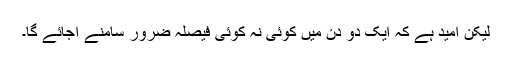
لیکن اُمید ہے کہ ایک دو دن میں کوئی نہ کوئی فیصلہ ضرور سامنے آجائے گا۔